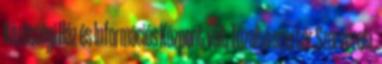
Közösségi Ház és Információs Központ volt Tűzoltó szertár Szervezeti.